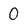
Character: 0